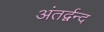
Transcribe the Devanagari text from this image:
अंतर्द्वन्द